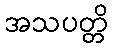
အသပတ္တိ